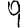
Digit: 9